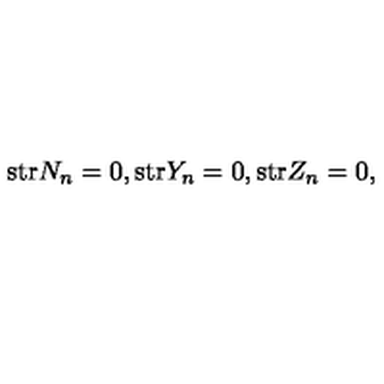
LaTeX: \mathrm { s t r } N _ { n } = 0 , \mathrm { s t r } Y _ { n } = 0 , \mathrm { s t r } Z _ { n } = 0 ,